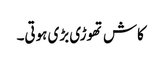
کاش تھوڑی بڑی ہوتی۔